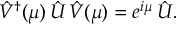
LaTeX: \hat { V } ^ { \dagger } ( \mu ) \, \hat { U } \, \hat { V } ( \mu ) = e ^ { i \mu } \, \hat { U } .